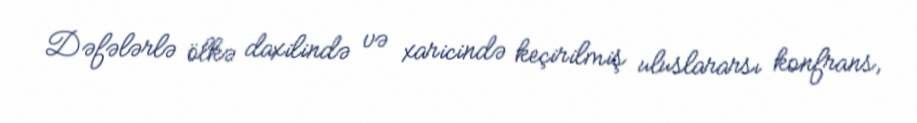
Dəfələrlə ölkə daxilində və xaricində keçirilmiş uluslararsı konfrans,